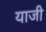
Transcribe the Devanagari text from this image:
याजी